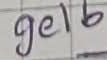
Text: gelb